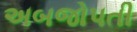
અબજોપતી